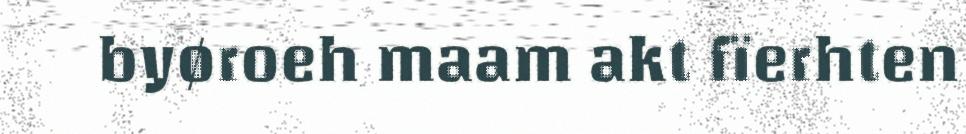
byøroeh maam akt fïerhten